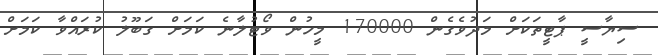
ސިޔާސީ ޕާޓީތަކަށް މަދުވެގެން 170000 މީހުން ވޯޓުލާނެ ކަމަށް ގަބޫލު ކުރައްވާ ކަމަށް